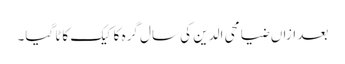
بعد ازاں ضیا محی الدین کی سال گرہ کا کیک کاٹا گیا۔